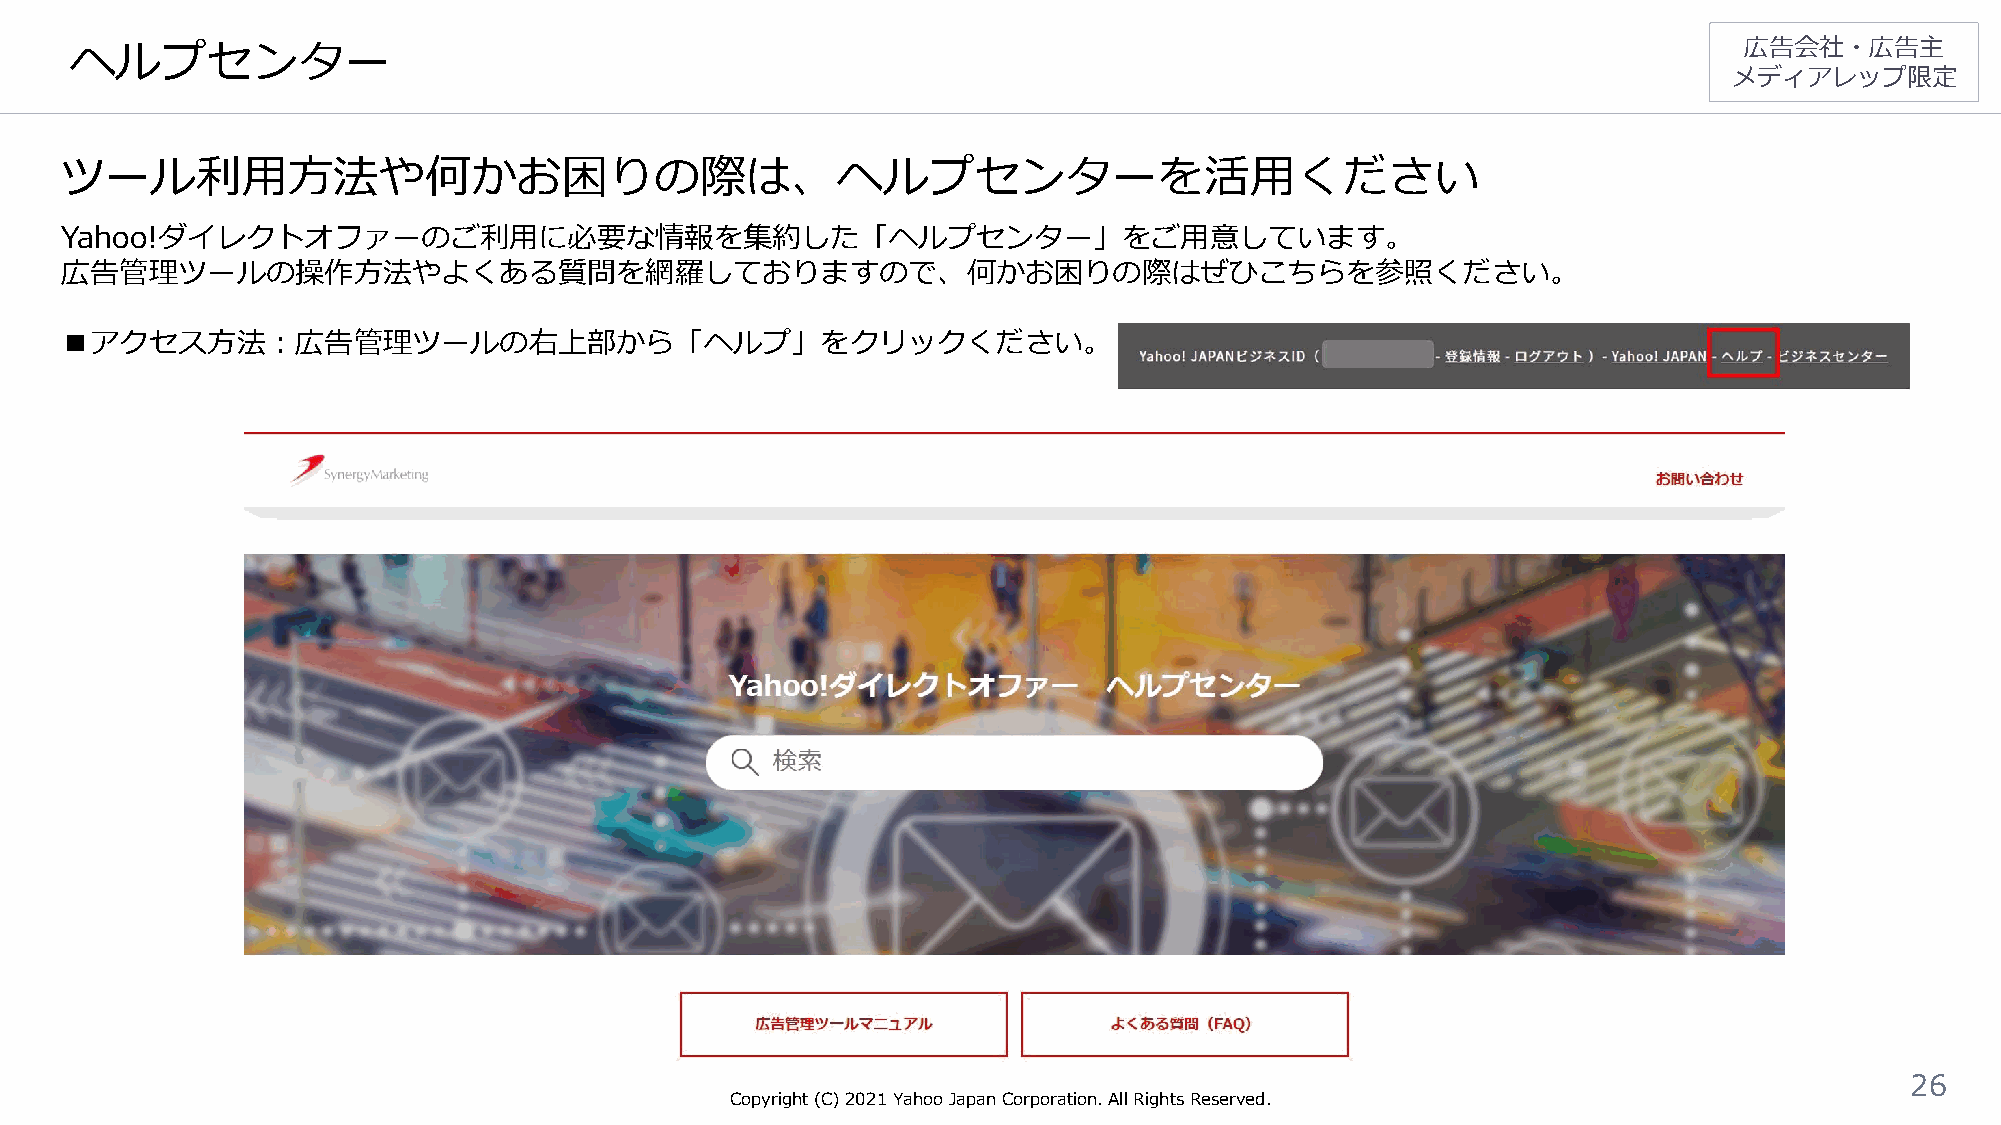
ヘルプセンター                                                                                                       広告会社・広告主
 メディアレップ限定
 ツール利用方法や何かお困りの際は、ヘルプセンターを活用ください
 Yahoo!ダイレクトオファーのご利用に必要な情報を集約した「ヘルプセンター」をご用意しています。
 広告管理ツールの操作方法やよくある質問を網羅しておりますので、何かお困りの際はぜひこちらを参照ください。
 ■アクセス方法：広告管理ツールの右上部から「ヘルプ」をクリックください。
 26
 Copyright (C)2021Yahoo Japan Corporation. All Rights Reserved.